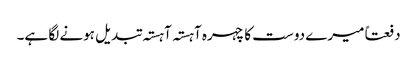
دفعتاً میرے دوست کا چہرہ آہستہ آہستہ تبدیل ہونے لگا ہے۔